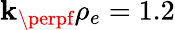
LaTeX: \mathbf{k}_{\perpf}\rho_{e}=1.2